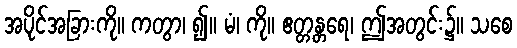
အပိုင်အခြားကို။ ကတွာ၊ ၍။ မံ၊ ကို။ ဧတ္တန္တရေ၊ ဤအတွင်း၌။ သစေ